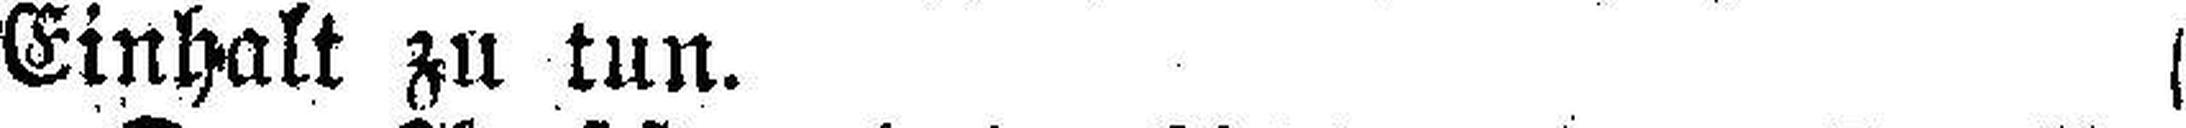
Einhalt zu tun.